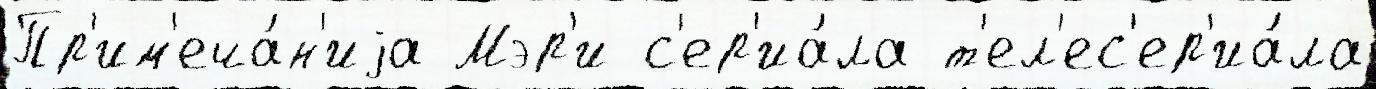
Пр'им'еча́н'иjа Мэр'и с'ер'иа́ла т'ел'ес'ер'иа́ла